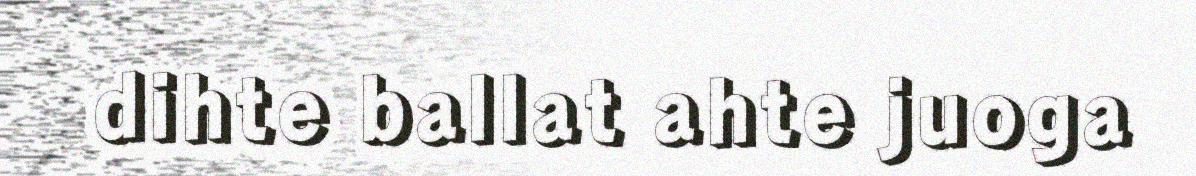
dihte ballat ahte juoga